Calcutta medical institutions reports 1871-78
Year: 1871
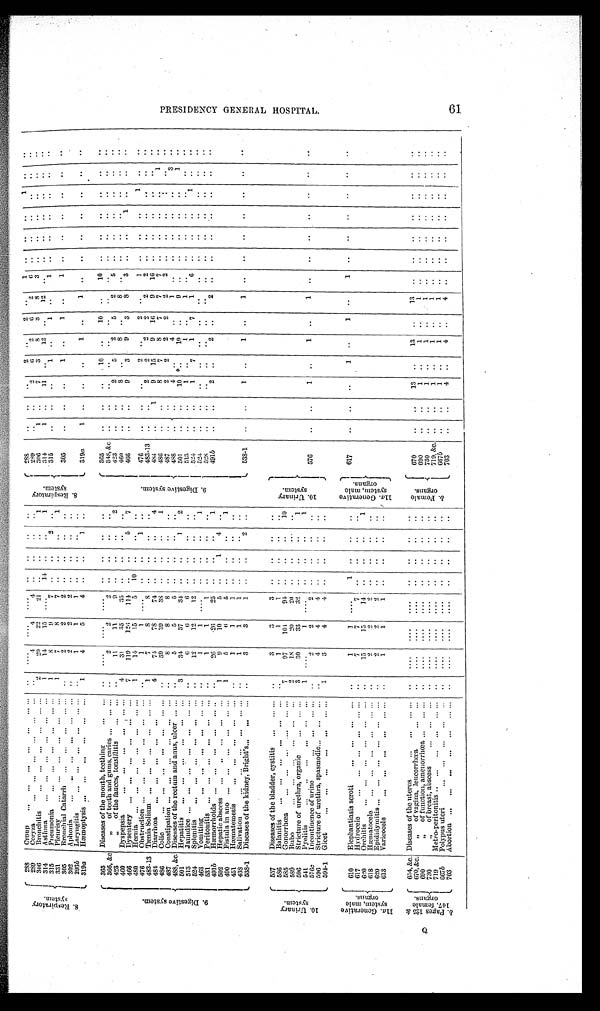
8 . R e s p i r a t o r y s y s t e m .
288
Croup
. . .
. . .
. . .
. . .
. . .
... ...
. .
. . . .
. . . .
. . . .
. .
..
. .
..
8 . R e s p i r a t o r y s y s t e m .
288
..
..
. .
2 ..
2
. .
1 ..
. .
. .
1
. .
. .
289
Coryza
...
...
...
...
. . .
...
. .
4
4
4 ..
..
..
..
289
..
. .
2
6
2
6
2
6 ..
. .
. .
..
. .
. .
3 0 6
Bronchitis
...
...
...
. . .
... ...
2
20
22
21
..
. .
1
3 0 6
1
..
7
3
8
3
8
3
..
. .
. .
. .
. .
. .
314
Asthma
...
...
...
...
...
...
1
14
15 ....
14 ..
..
1
314
1
..
11 ..
12 ..
12 ..
..
. .
. .
..
. .
. .
315
Pneumonia
...
...
. . .
...
... ...
1
8
9
7
. .
. .
2
..
315
..
..
..
1
. .
1
..
1
..
..
..
..
..
. .
331
Pleurisy
...
...
...
...
. . . ...
1
7
8
7
. .
..
..
1
305
Bronchial Catarrh
...
...
...
... ...
. .
2
2
2
..
..
.. ..
305
..
..
..
1
..
1
..
1
..
. .
. .
. .
. .
. .
302
A phonia
. . .
. . .
. . .
. . .
. . .
...
. .
2
2
2
..
..
..
. .
293b
Laryngitis
...
...
...
...
... ...
..
1
1
1
..
..
..
319a
Hæmoptysis ...
...
...
. . .
...
...
1
4
5
4
..
..
1
..
319a
1
..
..
..
1
..
1
..
..
..
..
..
. .
. .
9 . D i g e s t i v e s y s t e m .
365
Diseases of the mouth, teething
...
...
..
....
....
....
..
..
..
..
9 . D i g e s t i v e s y s t e m .
365
. .
. .
. .
1 0
. .
10
. .
10
..
. .
. .
. .
. .
. .
366, &c
,, of teeth and gums, caries ...
... ...
. .
2
2
2
..
..
..
..
348, &c
. .
. .
..
..
..
..
..
..
..
. .
. .
..
. .
..
423
,, of the fauces, tonsillitis
...
...
..
11
11
9
..
. . ..
2
423
..
..
2
5
2
5
2
5
..
. .
..
..
..
. .
460
Dyspepsia
. . .
. . .
. . .
. . .
... ...
4
31
35
3 5
..
..
..
..
460
..
..
8
..
8
..
8
..
..
..
..
..
..
. .
466
Dysentery ...
...
...
...
...
...
7
119
126
114
. .
..
5
7
466
..
..
9
3
9
3
8
3
..
. .
1
..
. .
. .
480
Hernia
. . .
. . .
. . .
. . .
. . .
... ...
1
14
15
5
10
..
..
..
476
Obstruction ...
. . .
. . .
...
...
...
..
1
1
. . . .
..
..
1
..
476
..
..
..
2
..
2
..
1
..
..
.. 1
..
. .
483-13 Tænia, Solium
...
...
...
...
... ...
1
7
8
8
. .
..
..
..
483-13
..
..
2
2
2
2
2
2
..
. .
. .
..
. .
. .
484
Diarrhœa
. . .
. . .
. . .
. . .
. . .
4
74
78
74
. .
. .
. .
. .
484
..
1
9
15
9
16
9
1 6
. .
. .
..
..
. .
. .
486
Colic
. . .
...
...
...
...
... ...
..
39
39
38
..
..
..
1
486
..
..
8
7
8
7
7
7
. .
. .
. .
. .
1
. .
487
Constipation ...
...
...
...
...
...
. .
8
8
8
. .
. .
. .
..
487
..
. .
2
2
2
2
2
2
..
. .
. .
. .
..
. .
488, &c. Diseases of the rectum and anus, ulcer ... ...
. .
5
5
5
. .
..
..
..
488
. .
..
4
..
4
..
1
..
..
. .
..
. .
3
. .
501
Hepatitis
. . .
. . .
. . .
. . .
. . . ...
3
34
37
34
. .
. .
1
2
501
..
..
10
. .
10
..
9
..
..
. .
. .
. .
1
. .
513
Jaundice
. . .
. . .
. . .
. . .
. . .
... ...
. .
6
6
6
..
. .
. .
..
513
..
..
1
..
1
..
1
..
. .
. .
. .
. .
. .
. .
524
Splenitis
...
...
. . .
...
...
...
..
12
12
12
..
..
..
..
524
..
..
1
7
1
7
1
6
. .
..
.. ..
. .
1
463
Vomiting
. . .
. . .
. . .
. . .
... ...
. .
1
1
. . . .
..
..
..
1
524
..
..
..
..
..
..
. .
. .
. .
. .
..
. .
..
. .
531
Peritonitis
...
...
...
...
...
...
..
1
1
1
..
. . . .
..
528
. .
..
. .
. .
. .
. .
. .
. .
. .
. .
. .
. .
. .
. .
491 b
Hæmorrhoids
...
...
...
...
... ..
..
26
26
25
..
. .
. .
1
491 b
. .
. .
2
..
2
..
. .
..
. .
. .
. .
..
. .
. .
5 0 2
Hepatic abscess
...
..
...
...
...
1
9
10
5
..
1
4 ..
4 9 0 Fistula in ano ...
...
...
...
... ...
1
5
6
5
. .
..
..
1
451
Hæmatemesis
. . .
. . .
. . .
. . .
...
. .
1
1
1
. .
..
. .
..
438
Salivation
...
...
...
...
... ...
..
1
1
1
..
. .
. .
..
. .
538-1
Diseases of the kidney, Bright's . . . ...
...
. .
3
3
1
. .
. .
2 ..
538-1
. .
..
1
..
1
..
1
..
. .
. .
. .
. .
. .
. .
1 0 . Ur i n a r y s y s t e m.
557
Diseases of the bladder, cystitis .... ... ...
..
3
3
3
. .
. . . .
. .
1 0 . U r i n a r y s y s t e m .
586
Balanitis
. .
. . .
. . .
. . .
. . . ...
..
1
1
1
. .
. .
. .
..
5 8 5
Gonorrhœa
. . .
. . .
. . .
. . .
... ...
7
97
104
94
. .
..
..
1 0
589
Bubo
...
...
...
...
...
...
2
18
20
20
..
. .
. .
..
596
Stricture of urethra, organic
. . .
... ...
3
30
33
32
..
..
. .
1
541
Pyelitis
...
..
...
...
...
...
1
....
1
. . . .
..
..
..
1
576c
Incontinence of urine
. . .
. . .
... ...
. .
2
2
2
. .
. .
. .
..
576
..
..
1
..
1
..
1
..
..
. .
. .
. .
. .
. .
596
Stricture of uret hra, spasmodic
. . .
...
...
. .
4
4
4
..
. .
. .
. .
594-1
Gleet
. . .
. . .
. . .
. . .
. . .
... ...
1
3
4
4
..
..
. .
..
1 1 a .Ge n e r a t i v e s y s t e m, ma l e o r g a n s .
610
Elephantiasis scroti
...
...
...
...
..
1
1
. . . .
1
..
..
. .
1 1 a . G e n e r a t i v e s y s t e m, ma l e o r g a n s .
617
..
..
..
1
. .
1
. .
1
. .
. .
. .
. .
. .
. .
617
Hydrocele
. . .
. . .
. . .
. . .
... ...
. .
7
7
7 ..
. .
. .
..
620
Orchitis
...
...
...
...
. . .
...
..
15
15
14
. .
..
. .
1
618
Hæmatocele
...
...
...
...
... ...
..
2
2
2
..
. .
..
. .
620
Epididymitis ...
...
...
...
...
...
. .
2
2
2
..
. .
. .
..
613
Varicocele
. . .
. . .
. . .
. . .
... ...
. .
1
1
1
..
. .
. .
. .
b . P a g e s 1 2 5 & 1 4 7 , f e m a l e o r g a n s .
654, &c. Diseases of the uterus
...
...
... ...
..
....
....
....
. .
. .
..
..
b . F e m a l e o r g a n s .
670, &c.
,, of vagina, leucorrhœa
...
...
..
....
....
....
..
..
..
..
670
..
..
13
..
13
..
13
..
..
..
. .
. .
. .
. .
690
, , o ff
u n c t i o n , a m e n o r r h œ a ...
... ...
. .
....
....
....
. .
. .
. .
..
690
..
..
1
..
1
..
1
..
. .
. .
. .
. .
..
. .
730
„ of breast, abscess
. . .
. . .
...
..
. . . .
....
. . . .
. .
. .
. .
..
730
. .
. .
1
. .
1
..
1
..
. .
. .
. .
. .
. .
. .
719
Metro- peritonitis .. ...
...
...
... ...
. .
....
....
. . . .
..
..
..
. .
719, &c. ..
..
1
..
1
..
1
..
. .
. .
. .
. .
. .
. .
667b
Polypus uteri
. . .
. . .
. . .
. . .
...
. .
. . . .
. . . .
. . . .
. .
. .
. .
. .
667 b
. .
..
1
..
1
..
1
..
..
..
..
. .
. .
. .
703
Abortion ...
...
...
...
...
... ...
..
....
....
....
. .
. .
. .
..
703
..
..
4
. .
4
..
4
..
..
. .
. .
. .
. .
. .
PRESIDENCY GENERAL HOSPITAL.